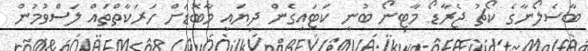
ބާސެލޯނާގެ ކޯޗު ޖެރާޑޯ މާޓިނޯ ބުނީ ކަޓައިގެން ދިޔައީ މާބޮޑަށް ހަރަކާތްތައް ލަސްވުމުން